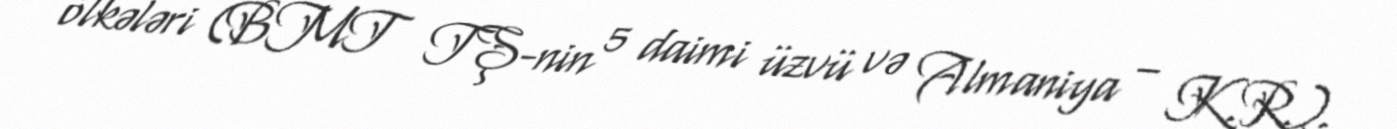
ölkələri (BMT TŞ-nin 5 daimi üzvü və Almaniya – K.R.).